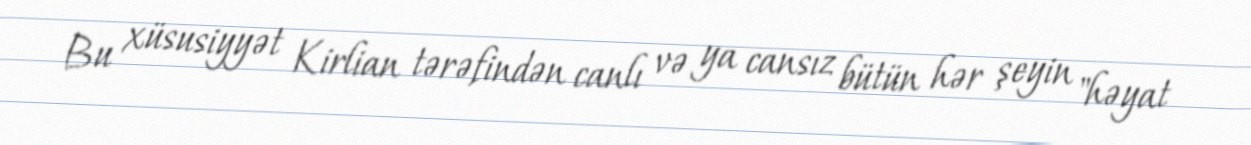
Bu xüsusiyyət Kirlian tərəfindən canlı və ya cansız bütün hər şeyin "həyat